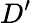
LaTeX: D^{\prime}